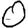
Digit: 0